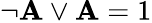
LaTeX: \neg\mathbf{A}\lor\mathbf{A}=1